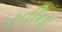
રવીના